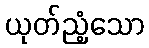
ယုတ်ညံ့သော